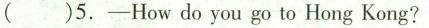
( )5.-How do you go to Hong Kong?